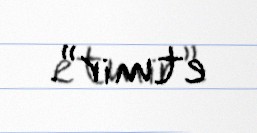
etmir”.